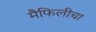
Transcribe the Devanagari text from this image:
मैफिलीचा